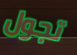
تجول